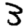
Digit: 3